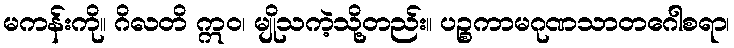
မကန်းကို။ ဂိလတိ ဣဝ၊ မျိုသကဲ့သို့တည်း။ ပဉ္စကာမဂုဏသာတဂေါစရာ၊